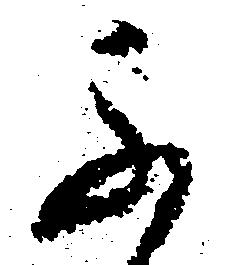
ふ